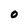
Character: O